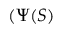
( \Psi ( S )